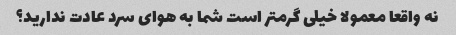
نه واقعا معمولا خیلی گرمتر است شما به هوای سرد عادت ندارید؟